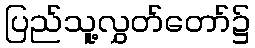
ပြည်သူ့လွှတ်တော်၌